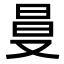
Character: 𠭒